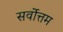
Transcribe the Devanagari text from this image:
सर्वाेत्तम